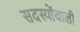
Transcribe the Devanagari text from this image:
सदस्योंवाली